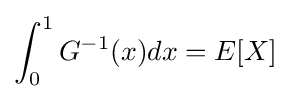
\int _{0}^{1}G^{-1}(x)dx=E[X]